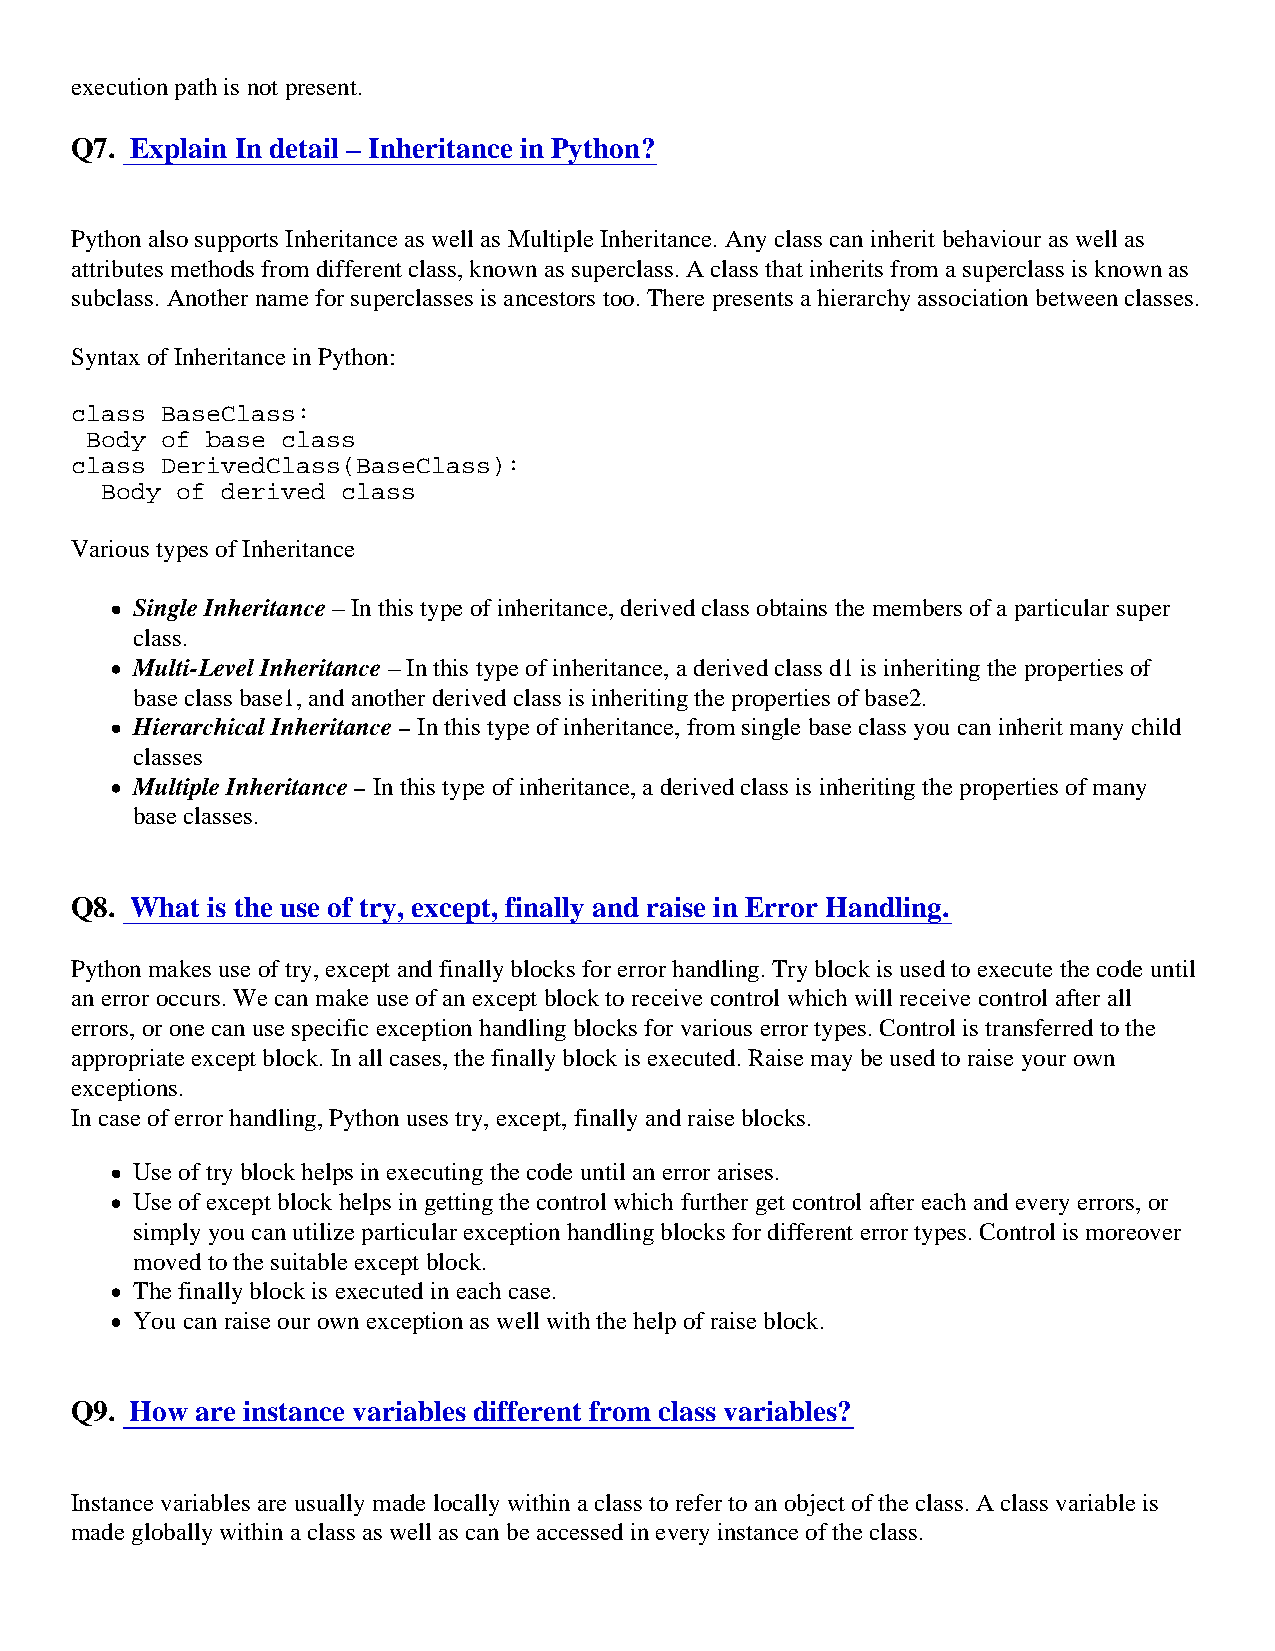
execution path is not present.
 Q7. Explain In detail – Inheritance in Python?
 Python also supports Inheritance as well as Multiple Inheritance. Any class can inherit behaviour as well as
 attributes methods from different class, known as superclass. A class that inherits from a superclass is known as
 subclass. Another name for superclasses is ancestors too. There presents a hierarchy association between classes.
 Syntax of Inheritance in Python:
 class BaseClass:
 Body of base class
 class DerivedClass(BaseClass):
 Body of derived class
 Various types of Inheritance
 Single Inheritance– In this type of inheritance, derived class obtains the members of a particular super
 class.
 Multi-Level Inheritance – In this type of inheritance, a derived class d1 is inheriting the properties of
 base class base1, and another derived class is inheriting the properties of base2.
 Hierarchical Inheritance – In this type of inheritance, from single base class you can inherit many child
 classes
 Multiple Inheritance – In this type of inheritance, a derived class is inheriting the properties of many
 base classes.
 Q8. What is the use of try, except, finally and raise in Error Handling.
 Python makes use of try, except and finally blocks for error handling. Try block is used to execute the code until
 an error occurs. We can make use of an except block to receive control which will receive control after all
 errors, or one can use specific exception handling blocks for various error types. Control is transferred to the
 appropriate except block. In all cases, the finally block is executed. Raise may be used to raise your own
 exceptions.
 In case of error handling, Python uses try, except, finally and raise blocks.
 Use of try block helps in executing the code until an error arises.
 Use of except block helps in getting the control which further get control after each and every errors, or
 simply you can utilize particular exception handling blocks for different error types. Control is moreover
 moved to the suitable except block.
 The finally block is executed in each case.
 You can raise our own exception as well with the help of raise block.
 Q9. How are instance variables different from class variables?
 Instance variables are usually made locally within a class to refer to an object of the class. A class variable is
 made globally within a class as well as can be accessed in every instance of the class.